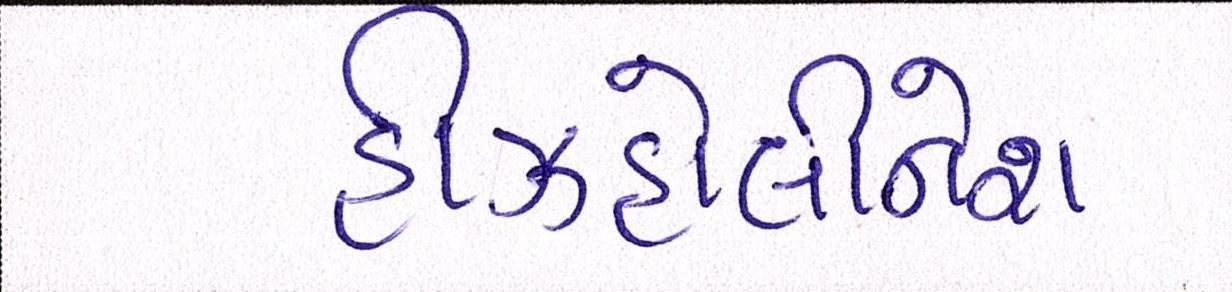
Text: હીઝહોલીનેશ